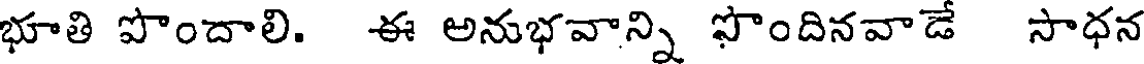
భూతి పొందాలి. ఈ అనుభవాన్ని సొందినవాడే సాధన